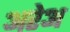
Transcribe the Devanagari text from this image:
अरेअ